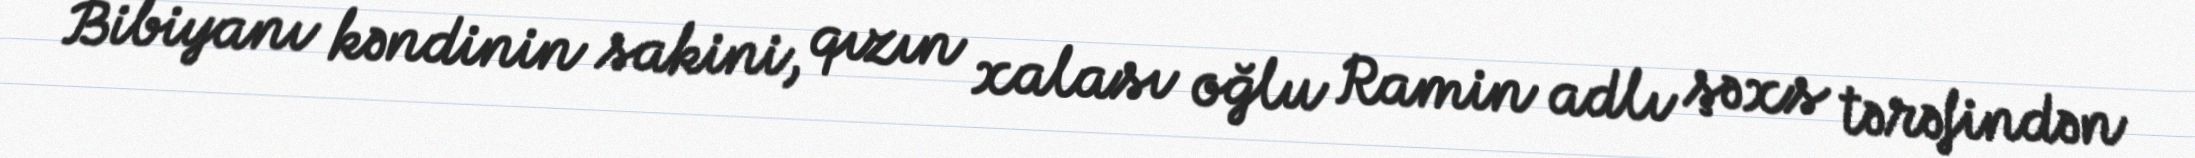
Bibiyanı kəndinin sakini, qızın xalası oğlu Ramin adlı şəxs tərəfindən